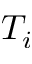
T _ { i }